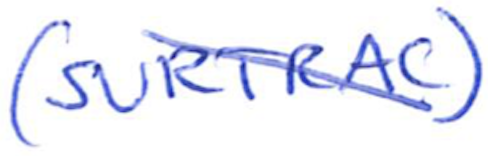
Text: (SURTRAC)
Cross-out: diagonal
Writing tool: ballpoint